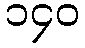
၁၄၀